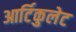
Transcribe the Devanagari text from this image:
आर्टिकुलेट